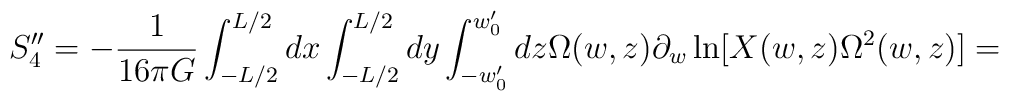
S''_{4}=-\frac{1}{16\pi G}\int^{L/2}_{-L/2} dx\int^{L/2}_{-L/2} dy\int ^{w'_{0}}_{-w'_{0}}dz\Omega (w,z)\partial _{w}\ln[X(w,z)\Omega ^{2}(w,z)] =